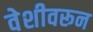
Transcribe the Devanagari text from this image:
वेशीवरून